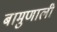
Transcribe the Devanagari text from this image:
बामुणाली